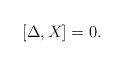
\begin{align*} [\Delta , X ] = 0. \end{align*}